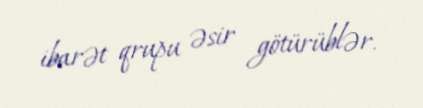
ibarət qrupu əsir götürüblər.